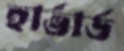
হার্ভার্ড